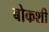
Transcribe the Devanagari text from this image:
बोकशी